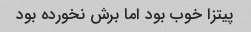
پیتزا خوب بود اما برش نخورده بود